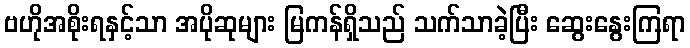
ဗဟိုအစိုးရနှင့်သာ အပိုဆုများ မြကန်ရှိသည် သက်သာခဲ့ပြီး ဆွေးနွေးကြရာ